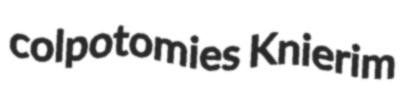
colpotomies Knierim